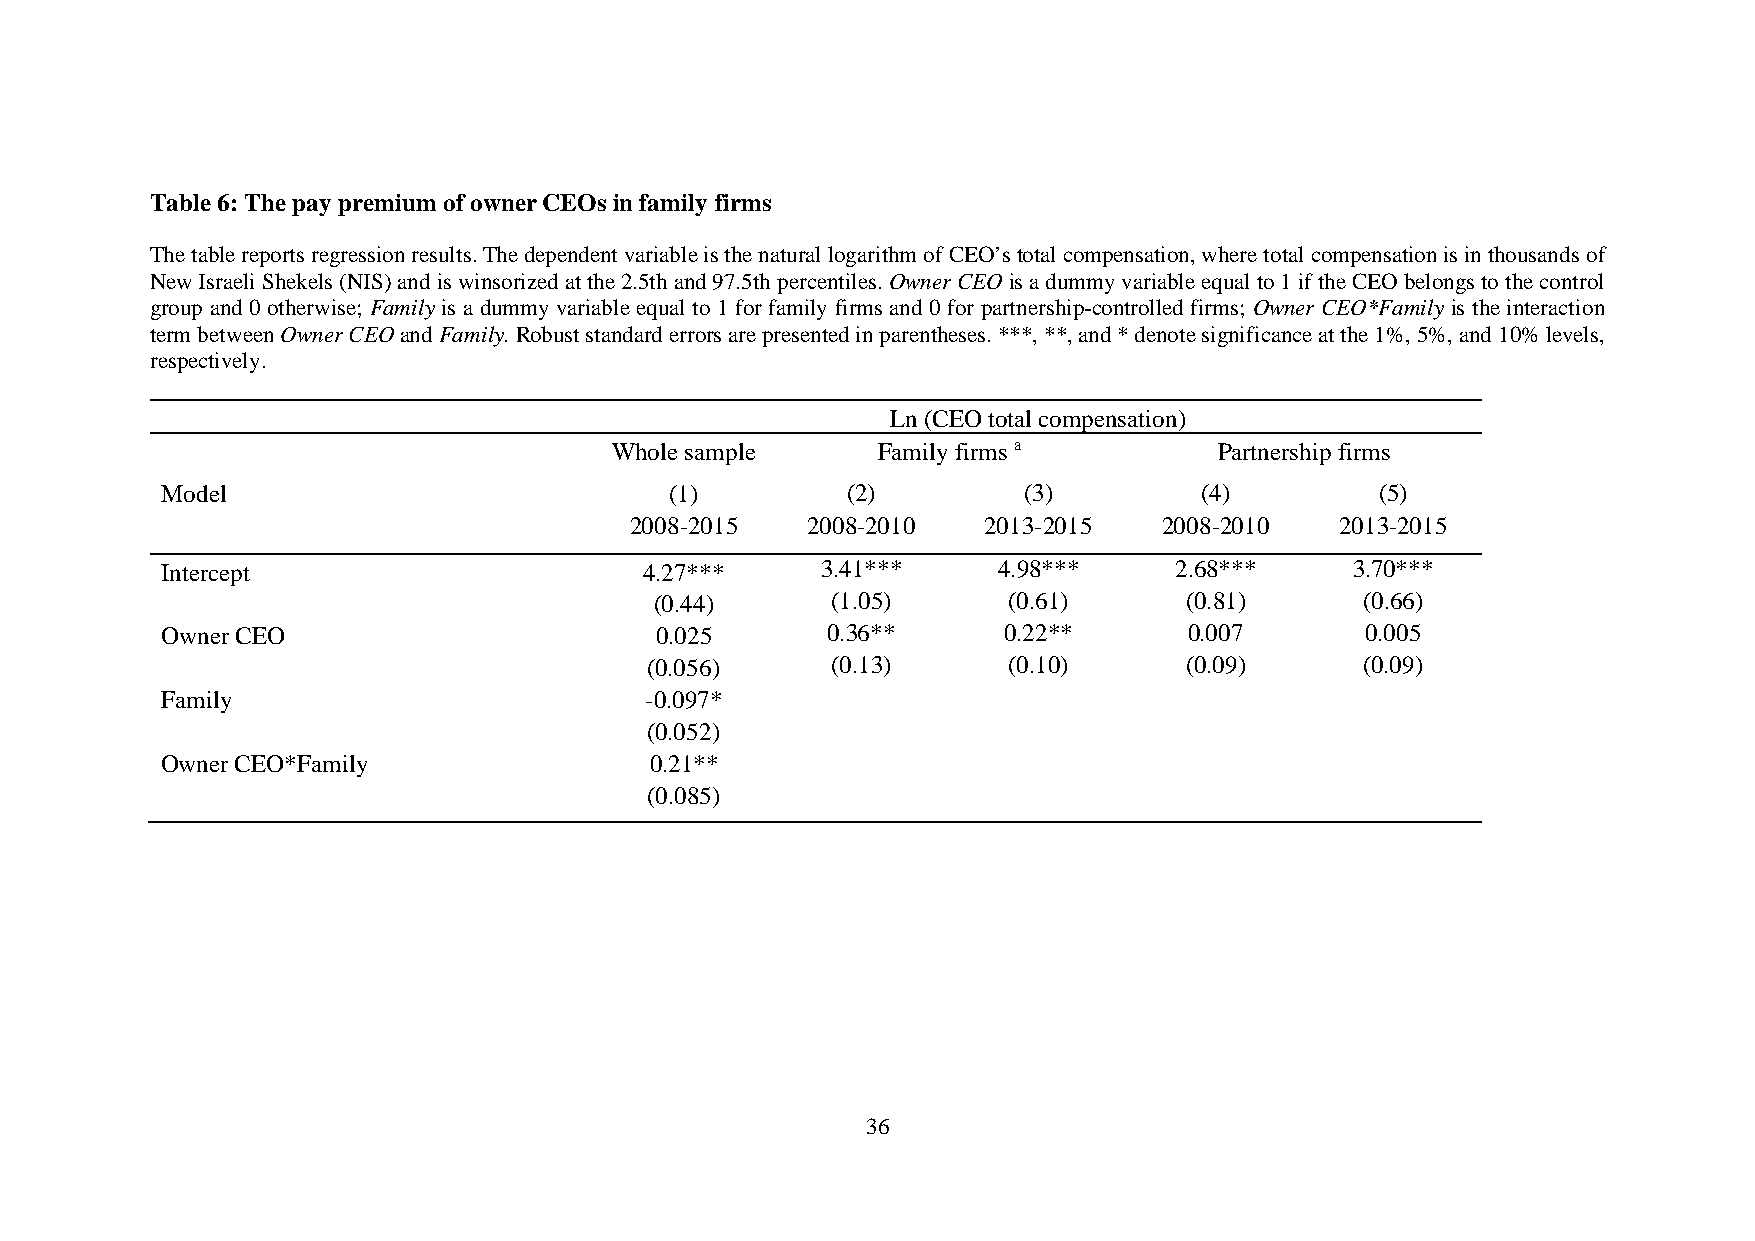
Table 6: The pay premium of owner CEOs in family firms
 The table reports regression results. The dependent variable is the natural logarithm of CEO’s total compensation, where total compensation is in thousands of
 New Israeli Shekels (NIS) and is winsorized at the 2.5th and 97.5th percentiles. Owner CEO is a dummy variable equal to 1 if the CEO belongs to the control
 group and 0 otherwise; Family is a dummy variable equal to 1 for family firms and 0 for partnership-controlled firms; Owner CEO*Family is the interaction
 term between Owner CEO and Family. Robust standard errors are presented in parentheses. ***, **, and * denote significance at the 1%, 5%, and 10% levels,
 respectively.
 Ln (CEO total compensation)
 Whole sample     Family firms a         Partnership firms
 Model                            (1)         (2)         (3)        (4)         (5)
 2008-2015  2008-2010   2013-2015   2008-2010   2013-2015
 Intercept                       4.27***    3.41***     4.98***     2.68***    3.70***
 (0.44)      (1.05)      (0.61)     (0.81)      (0.66)
 Owner CEO                       0.025       0.36**     0.22**       0.007      0.005
 (0.056)     (0.13)      (0.10)     (0.09)      (0.09)
 Family                          -0.097*
 (0.052)
 Owner CEO*Family                0.21**
 (0.085)
 36